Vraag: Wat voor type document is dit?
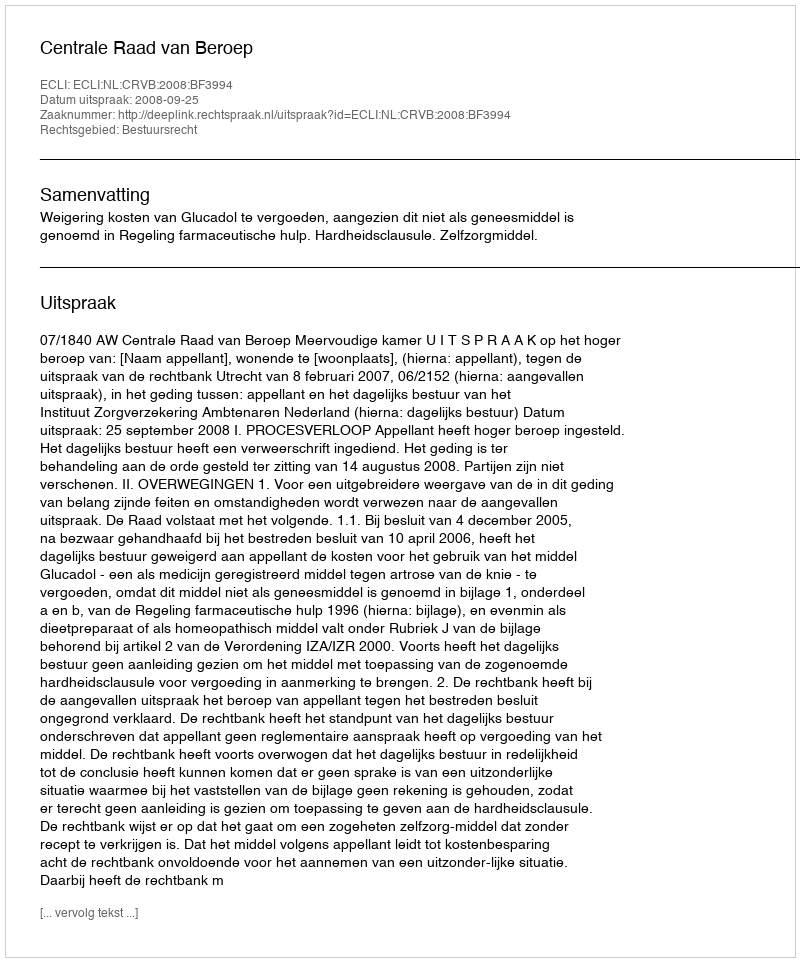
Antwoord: Uitspraak